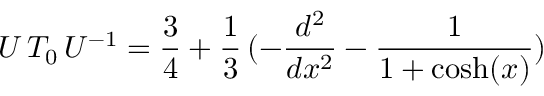
U \, T _ { 0 } \, U ^ { - 1 } = \frac 3 4 + \frac 1 3 \, ( - \frac { d ^ { 2 } } { d x ^ { 2 } } - \frac 1 { 1 + \mathrm { c o s h } ( x ) } )